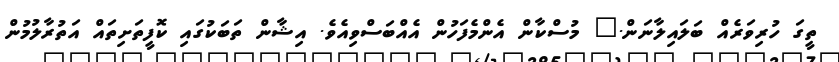
ތީގަ ހުރިވަރެއް ބަލައިލާނަން." މުސްކާން އެންމެފަހުން އެއްބަސްވިއެވެ. އިޝާން ތަބަކުގައި ކޮފީތަށިތައް އަތުރާލުމުން